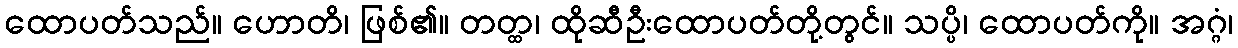
ထောပတ်သည်။ ဟောတိ၊ ဖြစ်၏။ တတ္ထ၊ ထိုဆီဦးထောပတ်တို့တွင်။ သပ္ပိ၊ ထောပတ်ကို။ အဂ္ဂံ၊